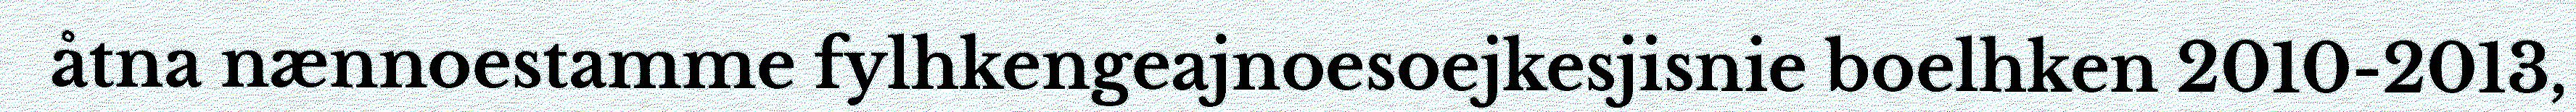
åtna nænnoestamme fylhkengeajnoesoejkesjisnie boelhken 2010-2013,